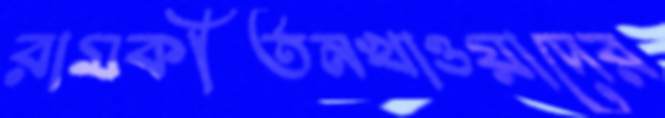
রামকীর্তনখাওয়াদের